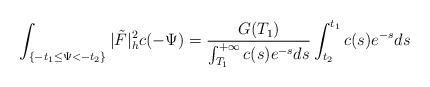
LaTeX: \begin{align*}\int_{\{-t_1\le\Psi<-t_2\}}|\tilde{F}|^2_hc(-\Psi)=\frac{G(T_1)}{\int_{T_1}^{+\infty}c(s)e^{-s}ds}\int_{t_2}^{t_1}c(s)e^{-s}ds \end{align*}